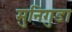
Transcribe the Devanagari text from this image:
मुनिगुडा